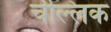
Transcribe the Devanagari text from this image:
चॆल्लिक